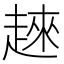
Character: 𧼛